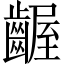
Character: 齷